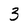
Character: 3